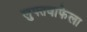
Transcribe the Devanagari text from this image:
लुफ्तवाफेला